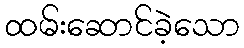
ထမ်းဆောင်ခဲ့သော